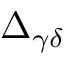
\Delta _ { \gamma \delta }